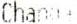
CHANGE